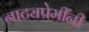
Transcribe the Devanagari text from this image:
नाट्यप्रेमींनी